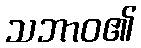
သဘာဝ၏